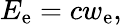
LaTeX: E_{\mathrm{e}}=cw_{\mathrm{e}},